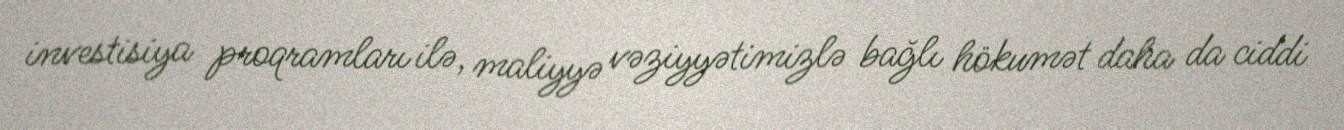
investisiya proqramları ilə, maliyyə vəziyyətimizlə bağlı hökumət daha da ciddi